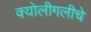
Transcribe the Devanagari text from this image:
क्योलीगलीचे